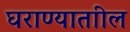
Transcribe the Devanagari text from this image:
घराण्याताील